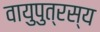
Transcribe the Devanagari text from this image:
वायुपुत्रस्य